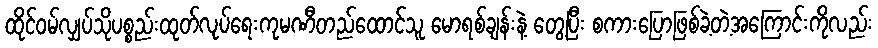
ထိုင်ဝမ်လျှပ်သိုပစ္စည်းထုတ်လုပ်ရေးကုမဏီတည်ထောင်သူ မောရစ်ချန်းနဲ့ တွေ့ပြီး စကားပြောဖြစ်ခဲ့တဲ့အကြောင်းကိုလည်း